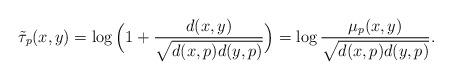
LaTeX: \begin{align*}\tilde\tau_p(x,y)=\log\Big(1+\frac {d(x,y)}{\sqrt{d(x,p)d(y,p)}}\Big)=\log\frac {\mu_p(x,y)}{\sqrt{d(x,p)d(y,p)}}.\end{align*}